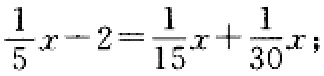
$\frac{1}{5}x - 2 = \frac{1}{15}x + \frac{1}{30}x;$